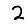
Digit: 2